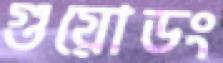
গুয়োডং